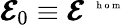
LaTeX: \pmb{{\cal E}}_{0}\equiv\pmb{{\cal E}}^{\mathrm{~\tiny~{~h~o~m~}~}}